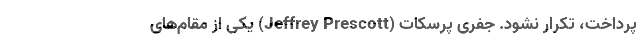
پرداخت، تکرار نشود. جفری پرسکات (Jeffrey Prescott) یکی از مقام‌های